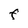
Character: F